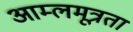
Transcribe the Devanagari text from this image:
आम्लमूत्रता